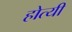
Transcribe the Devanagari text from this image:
होत्यी